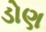
ડોણ